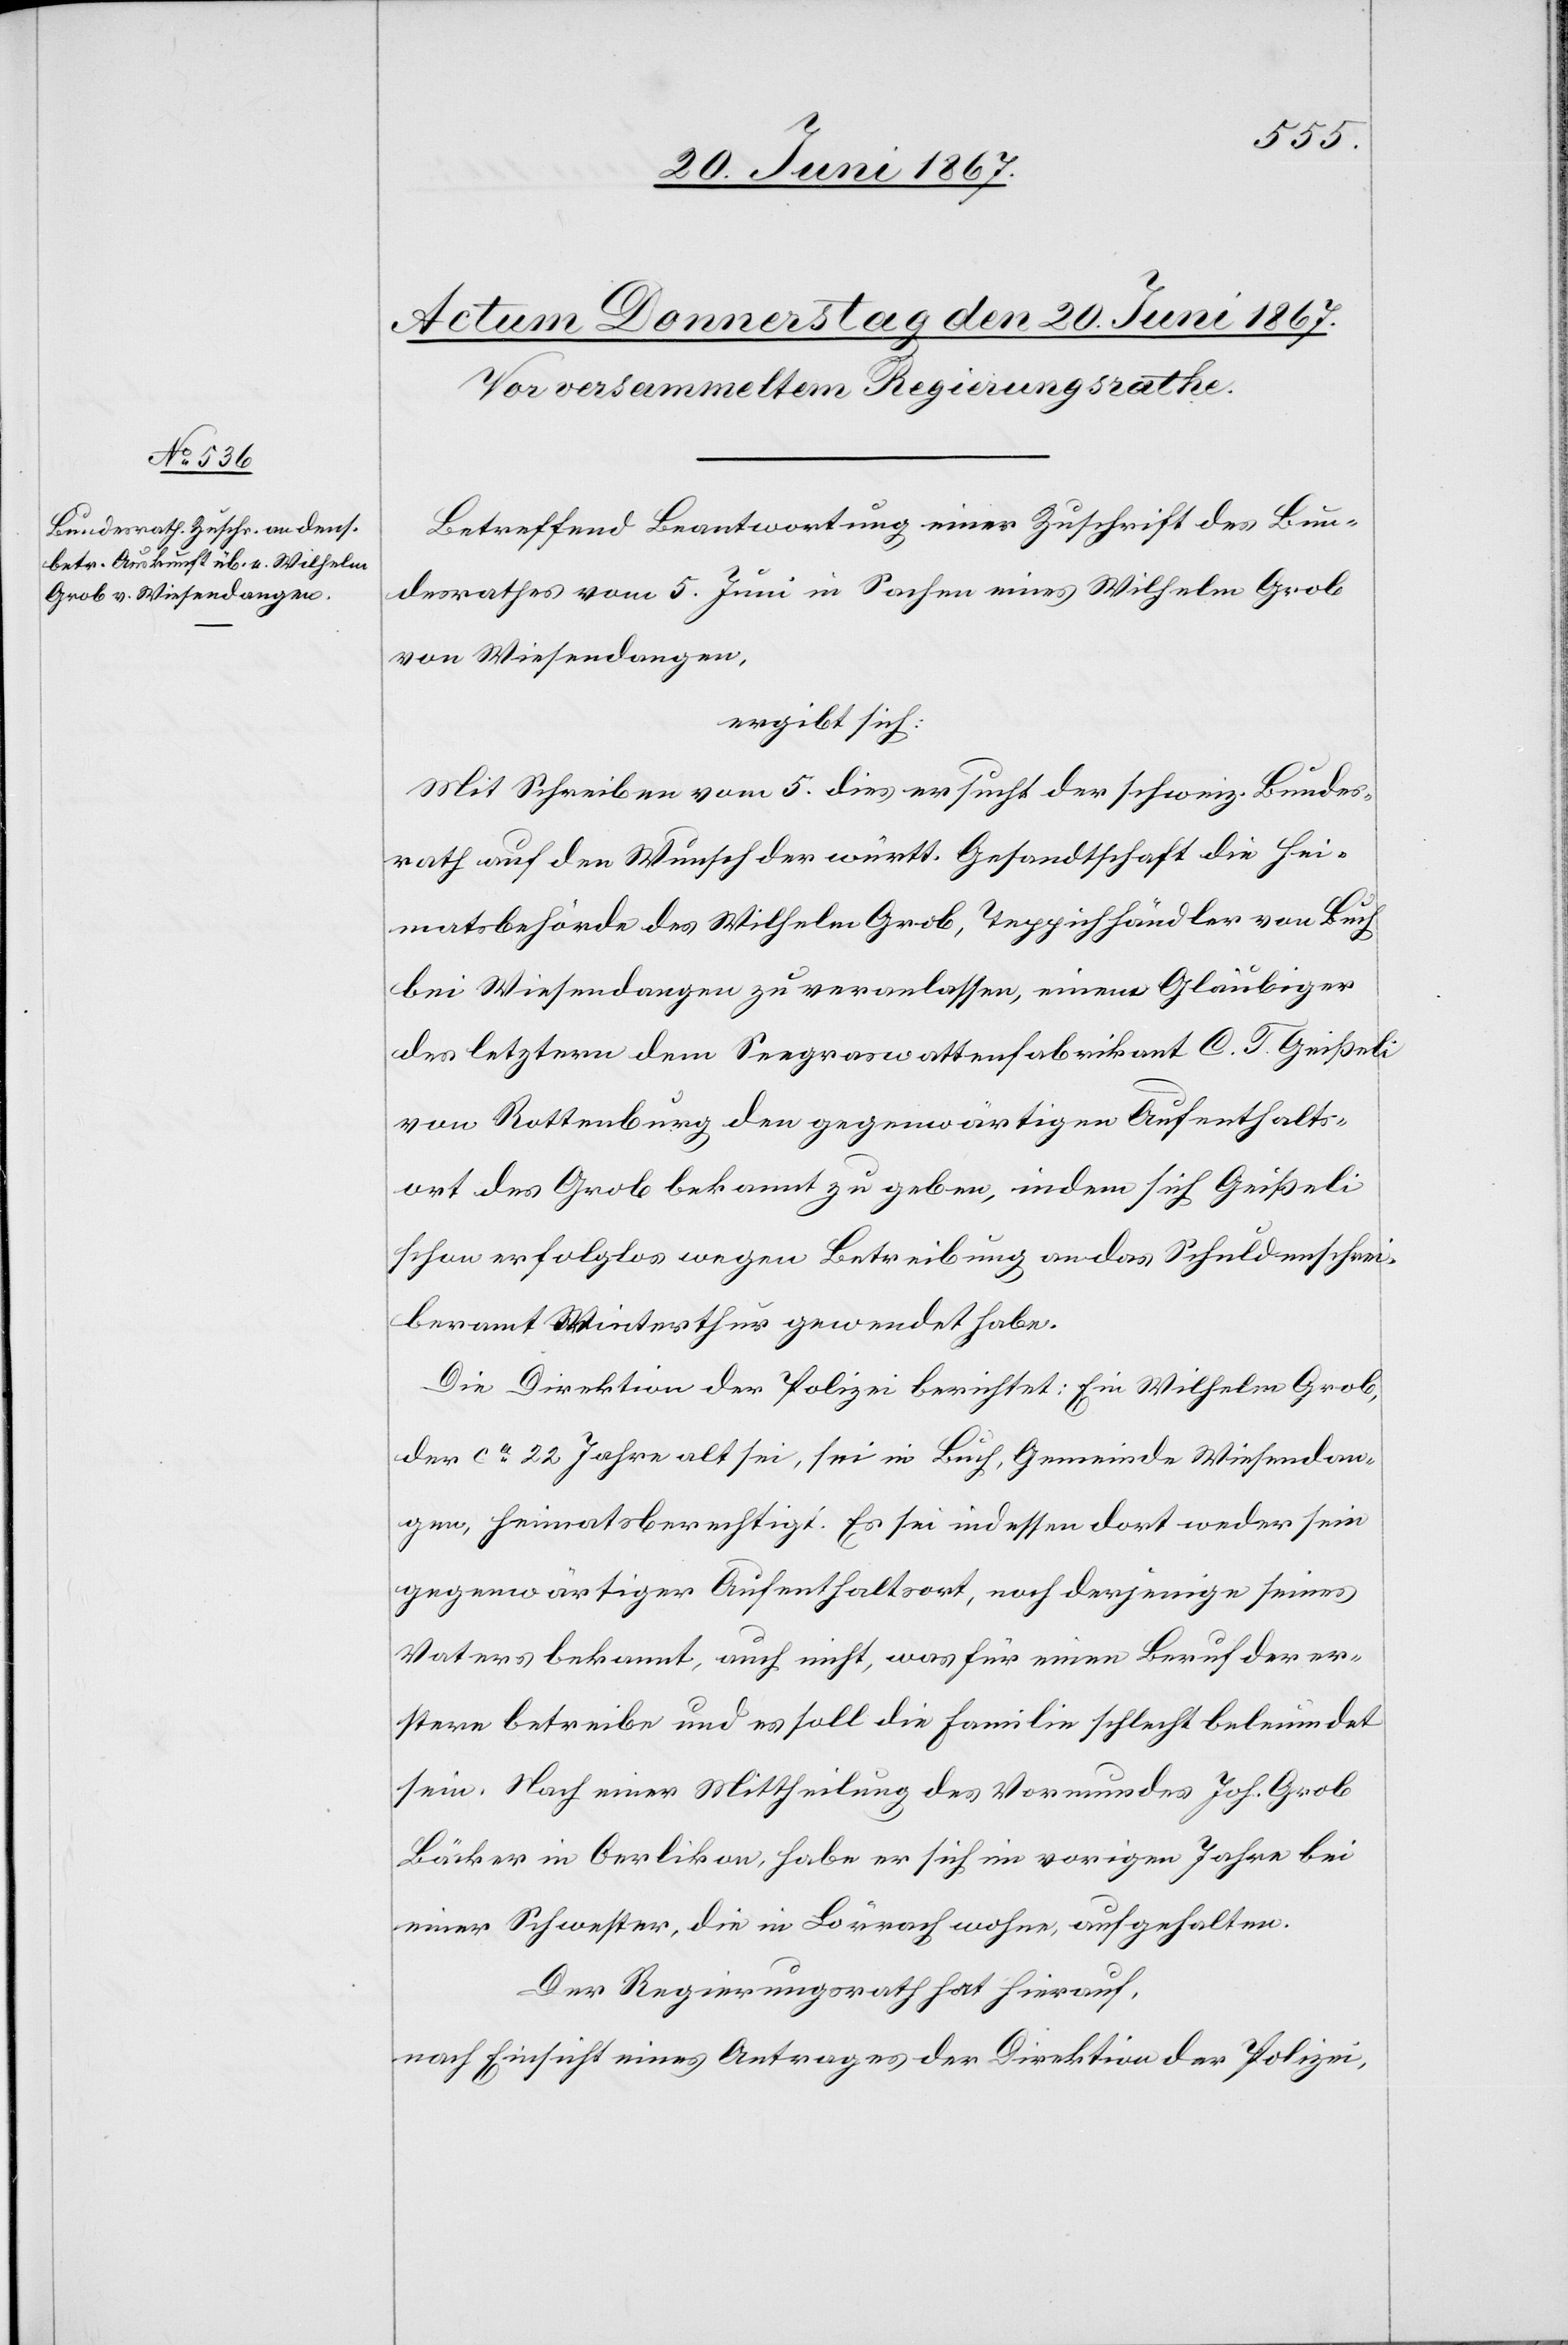
Betreffend Beantwortung einer Zuschrift des Bun¬
desrathes vom 5. Juni in Sachen eines Wilhelm Grob
von Wiesendangen,
ergibt sich:
Mit Schreiben vom 5. dies ersucht der schweiz. Bundes¬
rath auf den Wunsch der württ. Gesandtschaft die Hei¬
matsbehörde des Wilhelm Grob, Teppichhändler von Buch
bei Wiesendangen zu veranlassen, einem Gläubiger
des letztern dem Seegraswattenfabrikant C. T. Geißeli
von Rottenburg den gegenwärtigen Aufenthalts¬
ort des Grob bekannt zu geben, indem sich Geißeli
schon erfolglos wegen Betreibung an das Schuldenschrei¬
beramt Winterthur gewendet habe.
Die Direktion der Polizei berichtet: Ein Wilhelm Grob
der ca. 22 Jahre alt sei, sei in Buch, Gemeinde Wiesendan¬
gen, heimatsberechtigt. Es sei indessen dort weder sein
gegenwärtiger Aufenthaltsort, noch derjenige seines
Vaters bekannt, auch nicht, was für einen Beruf der er¬
stere betreibe und es soll die Familie schlecht beleumdet
sein. Nach einer Mittheilung des Vormundes Joh. Grob
Bäcker in Oerlikon, habe er sich im vorigen Jahre bei
einer Schwester, die in Lörrach wohne, aufgehalten.
Der Regierungsrath hat hierauf,
nach Einsicht eines Antrages der Direktion der Polizei,